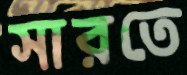
সারতে